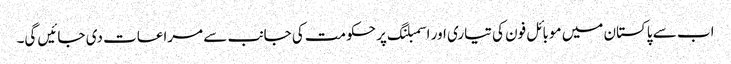
اب سے پاکستان میں موبائل فون کی تیاری اور اسمبلنگ پر حکومت کی جانب سے مراعات دی جائیں گی۔